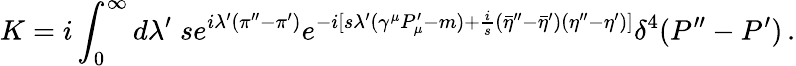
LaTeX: K=i\int_{0}^{\infty}d\lambda^{\prime}\; se^{i\lambda^{\prime}(\pi^{\prime\prime}-\pi^{\prime})}e^{-i[s\lambda^{\prime}(\gamma^{\mu}P_{\mu}^{\prime}-m)+{\frac{i}{s}}({\bar{\eta}}^{\prime\prime}-{\bar{\eta}}^{\prime})(\eta^{\prime\prime}-\eta^{\prime})]}\delta^{4}(P^{\prime\prime}-P^{\prime})\, .